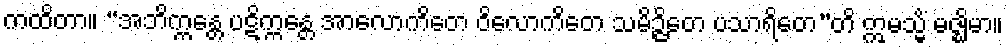
ကထိတာ။ “အဘိက္ကန္တေ ပဋိက္ကန္တေ အာလောကိတေ ဝိလောကိတေ သမိဉ္ဇိတေ ပသာရိတေ”တိ ဣမသ္မိံ မဇ္ဈိမာ။